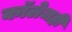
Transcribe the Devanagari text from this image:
काॅलेजही